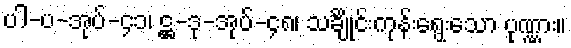
ပါ-ပ-အုပ်-၄၁၊ ဋ္ဌ-ဒု-အုပ်-၄၈၊ သင်္ချိုင်းကုန်းရွေးသော ပုဏ္ဏား။